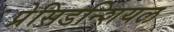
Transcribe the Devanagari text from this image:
प्रेसिडन्शियल